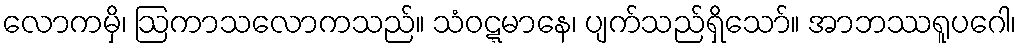
လောကမှိ၊ ဩကာသလောကသည်။ သံဝဋ္ဋမာနေ၊ ပျက်သည်ရှိသော်။ အာဘဿရူပဂေါ၊